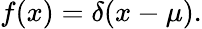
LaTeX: f(x)=\delta(x-\mu).